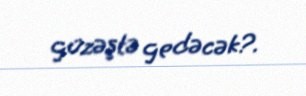
güzəştə gedəcək?.